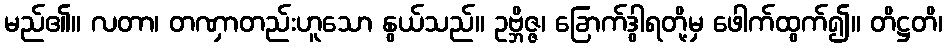
မည်၏။ လတာ၊ တဏှာတည်းဟူသော နွယ်သည်။ ဥဗ္ဘိဇ္ဇ၊ ခြောက်ဒွါရတို့မှ ဖေါက်ထွက်၍။ တိဋ္ဌတိ၊